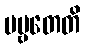
ပဗ္ဗတေတိ